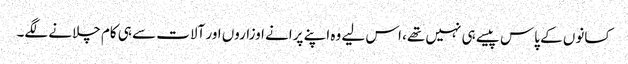
کسانوں کے پاس پیسے ہی نہیں تھے، اس لیے وہ اپنے پرانے اوزاروں اور آلات سے ہی کام چلانے لگے۔